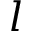
l